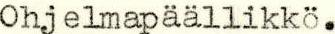
Ohjelmapäällikkö.